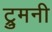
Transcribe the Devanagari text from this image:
ट्रुमनी